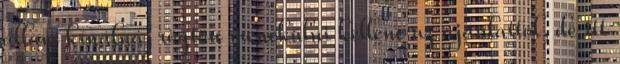
állam kínálná, rögtön menekülni kellene az ajánlattól, de itt